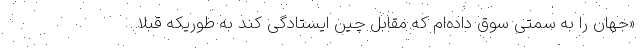
«جهان را به سمتی سوق داده‌ام که مقابل چین ایستادگی کند به طوریکه قبلا